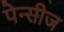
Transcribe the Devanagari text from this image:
पेन्सीज